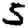
Digit: 5